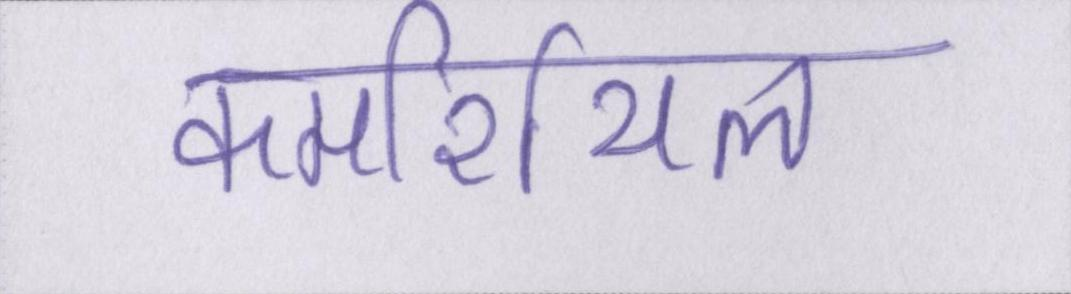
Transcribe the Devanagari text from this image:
कमर्शियल